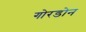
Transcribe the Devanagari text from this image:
गोरडोन